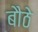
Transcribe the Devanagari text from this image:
बौठे